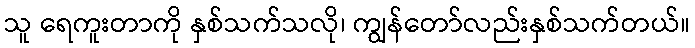
သူ ရေကူးတာကို နှစ်သက်သလို၊ ကျွန်တော်လည်းနှစ်သက်တယ်။